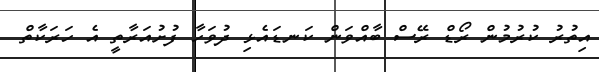
އިތުރު ކުރުމުން ރޯޑް ރޭސް ބާއްވަން ކަނޑައެޅި ދުވަހާ ފުށުއަރާތީ އެ ހަރަކާތް